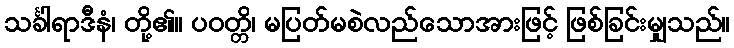
သင်္ခါရာဒီနံ၊ တို့၏။ ပဝတ္တိ၊ မပြတ်မစဲလည်သောအားဖြင့် ဖြစ်ခြင်းမျှသည်။